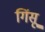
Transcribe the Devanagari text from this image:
गिंसू